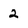
Character: 2